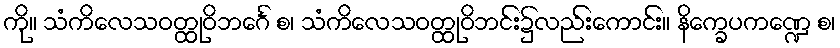
ကို။ သံကိလေသဝတ္ထုဝိဘင်္ဂေ စ၊ သံကိလေသဝတ္ထုဝိဘင်း၌လည်းကောင်း။ နိက္ခေပကဏ္ဍေ စ၊